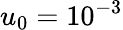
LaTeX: u_{0}=10^{-3}